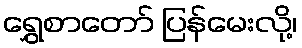
ရွှေစာတော် ပြန်မေးလို့၊